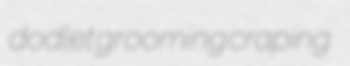
dodlet grooming craping